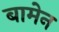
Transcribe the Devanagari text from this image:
बामेन